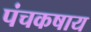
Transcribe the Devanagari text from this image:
पंचकषाय